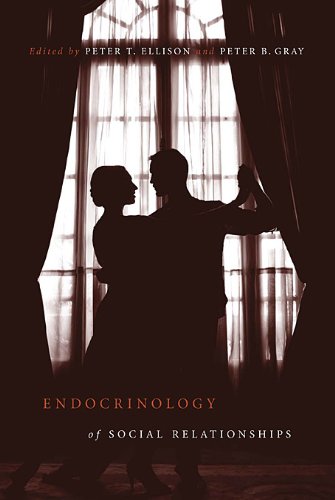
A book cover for Endocrinology of Social Relationships; Medical Books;